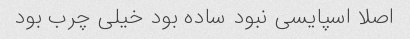
اصلا اسپایسی نبود ساده بود خیلی چرب بود